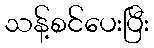
သန့်စင်ပေးပြီး